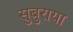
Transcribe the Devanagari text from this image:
सुबुराया